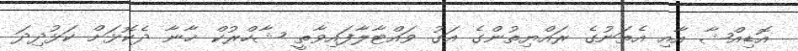
އޮޑިއްޝާ އާއި އެތަނުގެ ރައްޔިތުންގެ އަގު ވައްޓާލާފައިވާތީ ޝާހްރުކް ޚާނާ ދެކޮޅަށް ކަޅުދިދަ